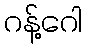
ဂန့်ဂေါ